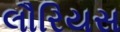
લૌરિયસ